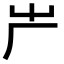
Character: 𠨲